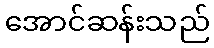
အောင်ဆန်းသည်